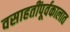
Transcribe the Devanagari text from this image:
वसाहतींपूर्वकालात